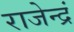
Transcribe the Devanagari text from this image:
राजेन्द्रं